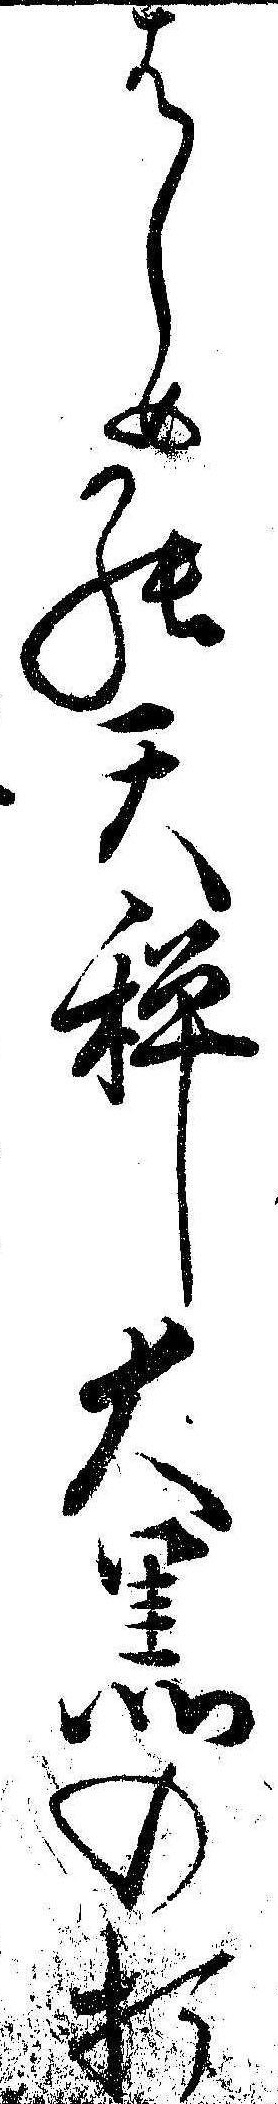
はしめの天秤大黒の打